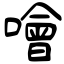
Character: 噲